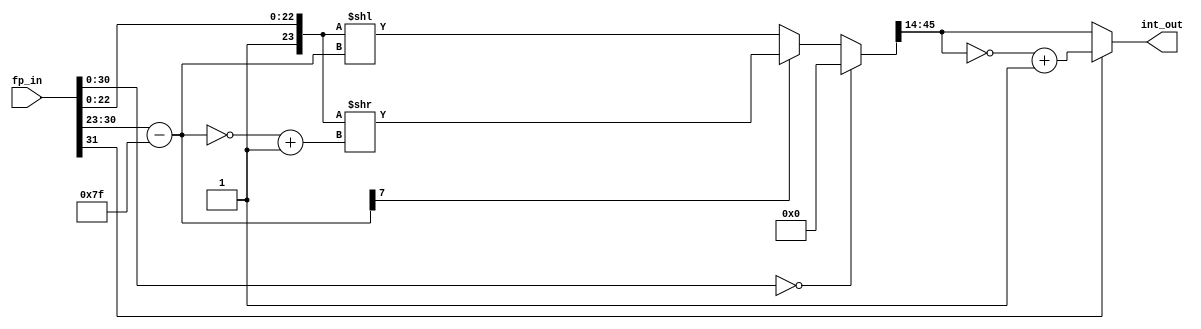
module flt_fx_23p9
	(
	input	[31:0]	fp_in,         // Floating point in IEEE fmt
	output reg [31:0] int_out      // Fixed point integer out
	);
//
//  23.9, UV.
//
wire    [7:0]   bias_exp;       /* Real exponent -127 - 128     */
wire    [7:0]   bias_exp2;      /* Real exponent 2's comp       */
wire    [39:0]  fixed_out2;     /* 2's complement of fixed out  */
wire    [47:0]  bias_mant;      /* mantissa expanded to 16.16 fmt */
reg     [47:0]  int_fixed_out;

reg    [31:0]  fixed_out;

assign bias_mant = {25'h0001, fp_in[22:0]};
assign bias_exp = fp_in[30:23] - 'd127;
assign bias_exp2 = ~bias_exp + 1;

// infinity or NaN - Don't do anything special, will overflow
always @* begin
	// zero condition
  	if (fp_in[30:0] == 31'b0) int_fixed_out = 0;
  	// negative exponent
	else if (bias_exp[7]) int_fixed_out = bias_mant >> bias_exp2;
  	// positive exponent
	else int_fixed_out = bias_mant << bias_exp;

	fixed_out = int_fixed_out[45:14];
	int_out = (fp_in[31]) ? ~fixed_out + 1 : fixed_out;
end

endmodule